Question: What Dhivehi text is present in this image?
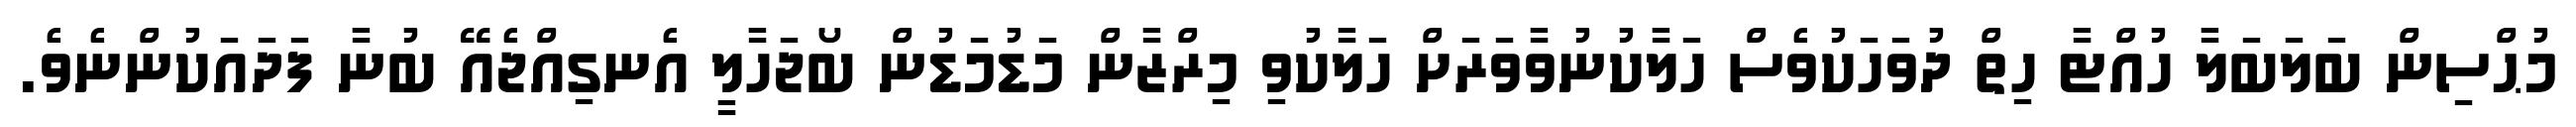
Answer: މުޙްސިން ބަލަބަލާ ހުއްޓާ ހިތް ދުވަހަކުވެސް ހަލާކުނުވާވަރަށް ހަލާކުވި މިރްޒާން މަޑުމަޑުން ބޯޖަހާލީ އެނގިއްޖެއޭ ބުނާ ފަދައަކުންނެވެ.